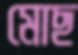
মোছ